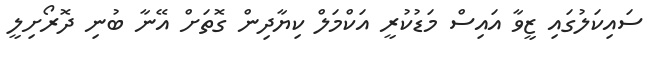
ސައިކަލުގައި ޒީވާ އައިސް މަޑުކުރީ އަކްމަލް ކިޔާދިން ގޮތަށް އޭނާ ބުނި ދޮރޯށިލީ